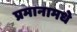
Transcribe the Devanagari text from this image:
प्रमानामधे